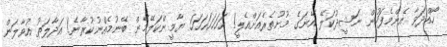
ހޯއްދަވާ އެންމެފަހުން ނަޝީދުކަލޭ އޭނަގެ މުށުތެރެއަށްއެލީ! ހަހަހަހަހަހަހަ. ޔާމީންކަލޭމެން ބޭނުމެއްނުކުރާނެ! އަދާލަތު އުވާލަން